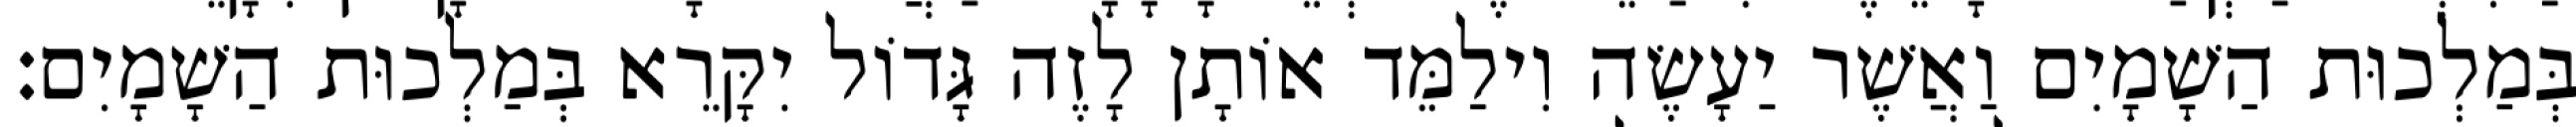
בְּמַלְכוּת הַשָׁמָיִם וַאֲשֶׁר יַעָשֶׂה וִילַמֵּד אוֹתָן לָזֶה גָּדוֹל יִקָּרֵא בְּמַלְכוּת הַשָׁמָיִם׃